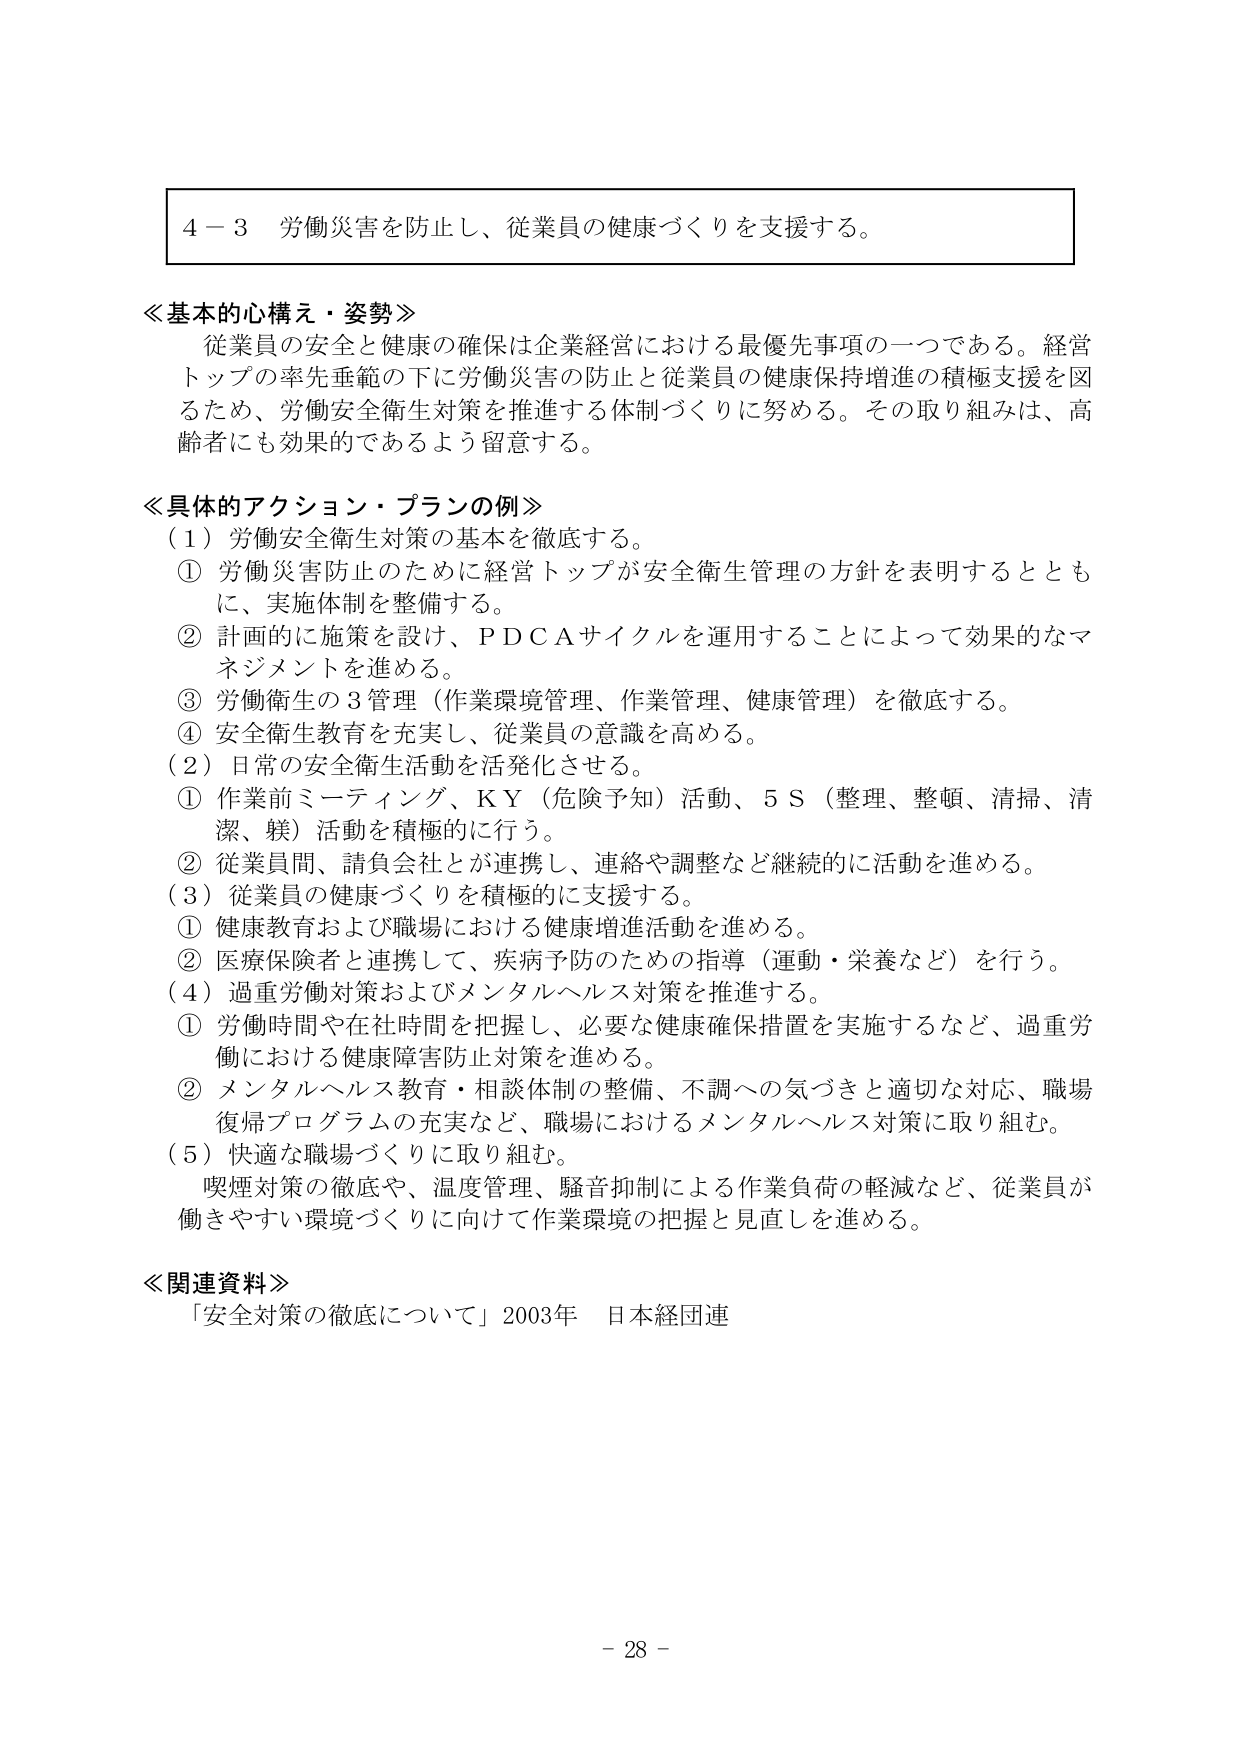
４－３ 労働災害を防止し、従業員の健康づくりを支援する。

≪基本的心構え・姿勢≫
従業員の安全と健康の確保は企業経営における最優先事項の一つである。経営トップの率先垂範の下に労働災害の防止と従業員の健康保持増進の積極支援を図るため、労働安全衛生対策を推進する体制づくりに努める。その取り組みは、高齢者にも効果的であるよう留意する。

≪具体的アクション・プランの例≫
（１）労働安全衛生対策の基本を徹底する。
① 労働災害防止のために経営トップが安全衛生管理の方針を表明するとともに、実施体制を整備する。
② 計画的に施策を設け、ＰＤＣＡサイクルを運用することによって効果的なマネジメントを進める。
③ 労働衛生の３管理（作業環境管理、作業管理、健康管理）を徹底する。
④ 安全衛生教育を充実し、従業員の意識を高める。
（２）日常の安全衛生活動を活発化させる。
① 作業前ミーティング、ＫＹ（危険予知）活動、５Ｓ（整理、整頓、清掃、清潔、躾）活動を積極的に行う。
② 従業員間、請負会社とが連携し、連絡や調整など継続的に活動を進める。
（３）従業員の健康づくりを積極的に支援する。
① 健康教育および職場における健康増進活動を進める。
② 医療保険者と連携して、疾病予防のための指導（運動・栄養など）を行う。
（４）過重労働対策およびメンタルヘルス対策を推進する。
① 労働時間や在社時間を把握し、必要な健康確保措置を実施するなど、過重労働における健康障害防止対策を進める。
② メンタルヘルス教育・相談体制の整備、不調への気づきと適切な対応、職場復帰プログラムの充実など、職場におけるメンタルヘルス対策に取り組む。
（５）快適な職場づくりに取り組む。
喫煙対策の徹底や、温度管理、騒音抑制による作業負荷の軽減など、従業員が働きやすい環境づくりに向けて作業環境の把握と見直しを進める。

≪関連資料≫
「安全対策の徹底について」2003年 日本経団連

－ 28 －